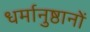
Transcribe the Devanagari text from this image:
धर्मानुष्ठानों